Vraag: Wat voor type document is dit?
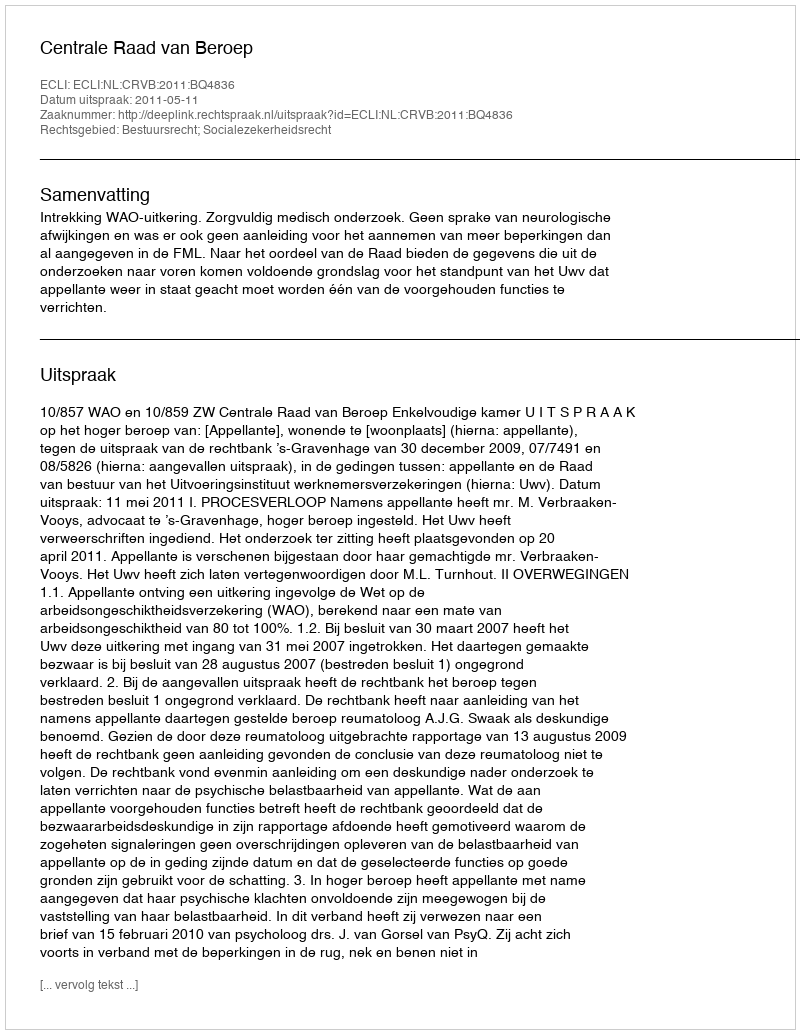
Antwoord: Uitspraak